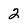
Character: 2